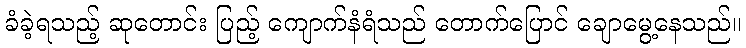
ခံခဲ့ရသည့် ဆုတောင်း ပြည့် ကျောက်နံရံသည် တောက်ပြောင် ချောမွေ့နေသည်။